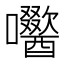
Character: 𭌼